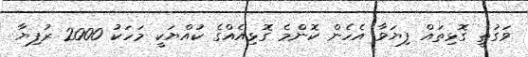
ވަގުތީ ގޮޅިތައް ފިޔަވާ އެހެން ކޮންމެ ގޮޅިއެއްގެ ކުއްޔަކީ މަހަކު 2000 ރުފިޔާ